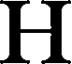
H